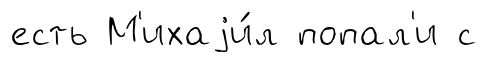
есть М'ихаjи́л попал'и с